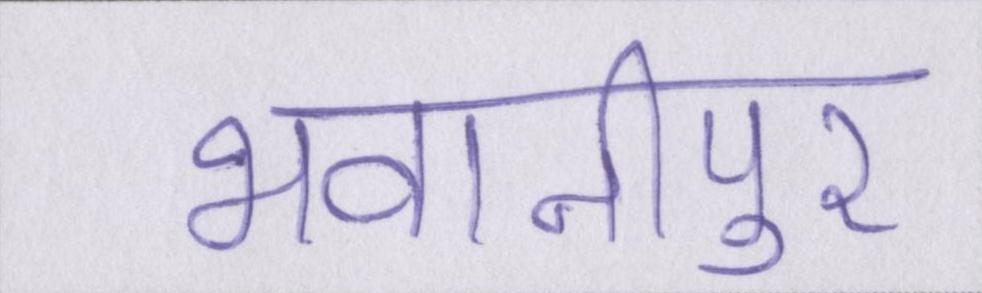
भवानीपुर